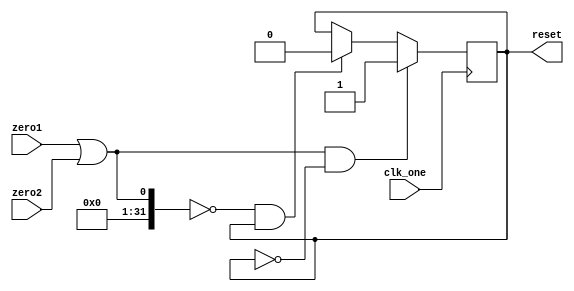
`timescale 1ns / 1ps

module zero_reg(input clk_one,input zero1,input zero2,output reg reset
    );
    
initial reset = 1'b0;

always @(posedge clk_one)
    begin
    if (((zero1|zero2) == 1) & (reset == 0))
        begin
        reset <= 1;
        end
    else if (((zero1|zero2) == 0) & (reset == 1))
        begin
        reset <= 0;
        end
    end
endmodule